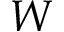
W